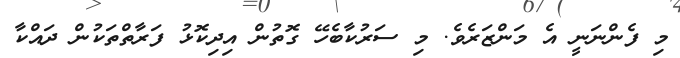
މި ފެންނަނީ އެ މަންޒަރެވެ. މި ސަރުކާބެހޭ ގޮތުން އިދިކޮޅު ފަރާތްތަކުން ދައްކާ